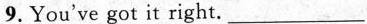
9.You've got it right. ___